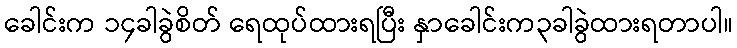
ခေါင်းက ၁၄ခါခွဲစိတ် ရေထုပ်ထားရပြီး နှာခေါင်းက၃ခါခွဲထားရတာပါ။